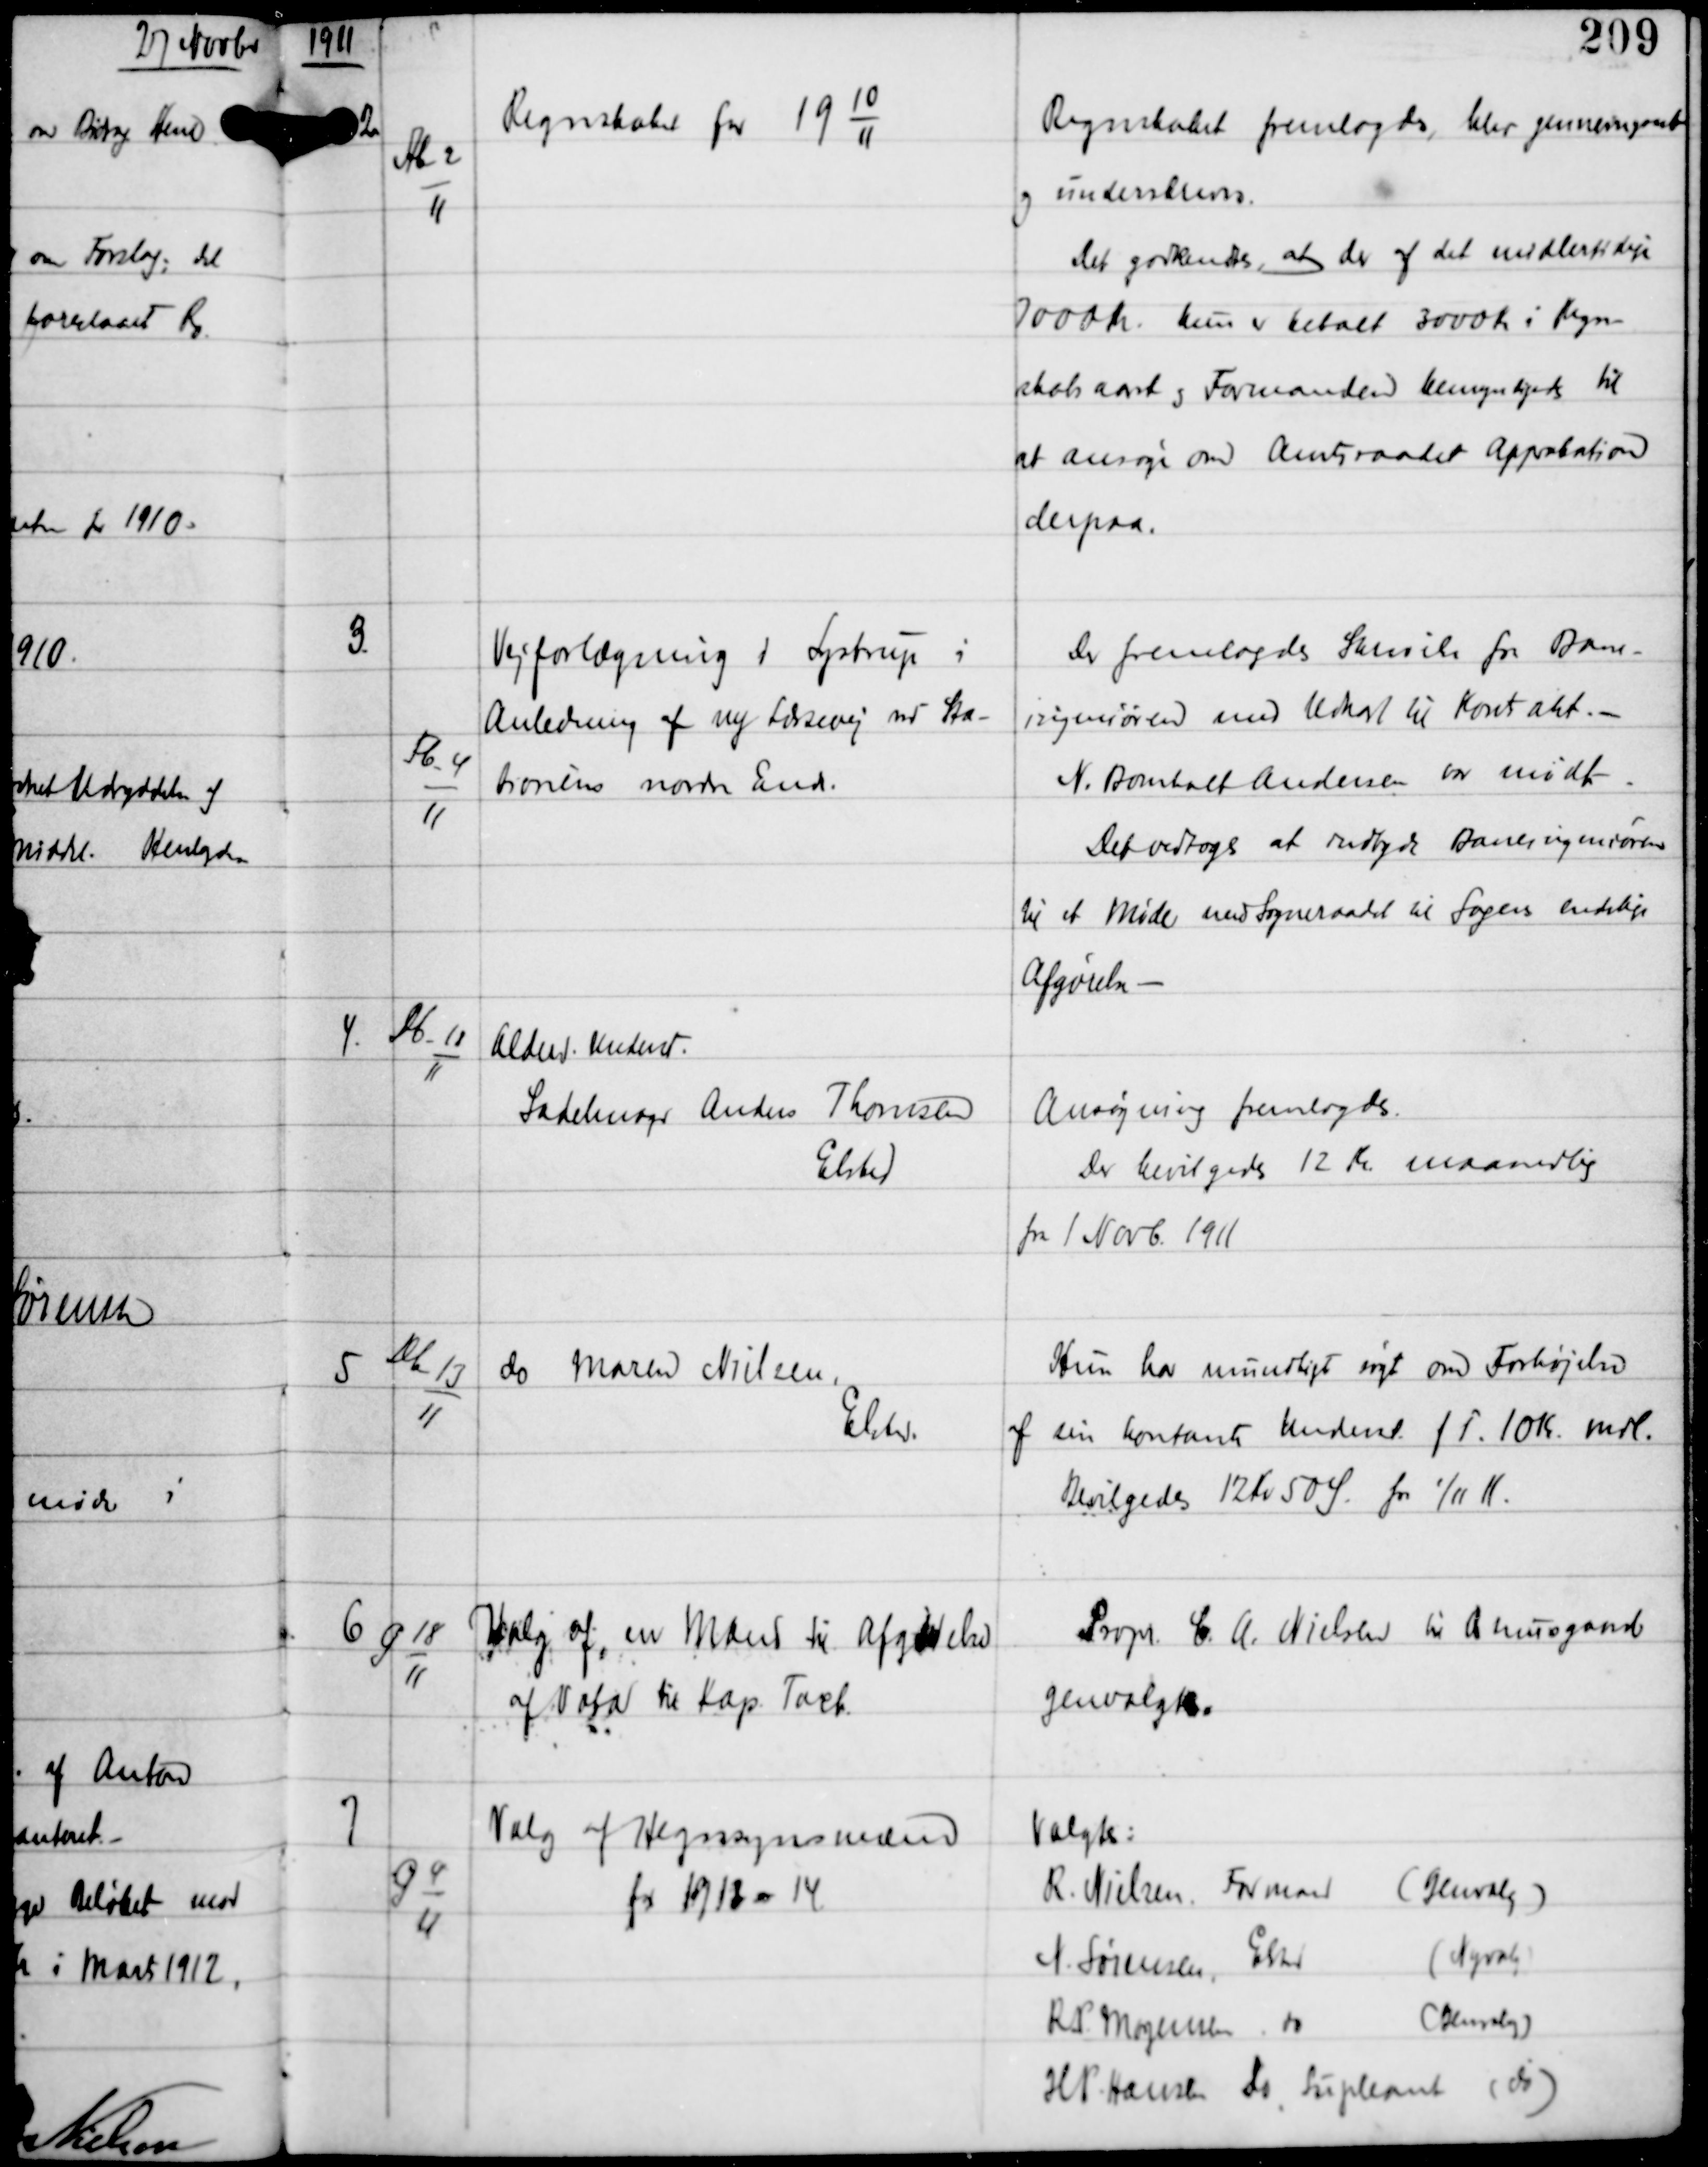
Transskription:
1911

2

Ab-2
11

Regnskabet for 191011

Regnskabet fremlagdes, blev gennemgaaet
og underskreves.
Det godkendtes, at der af det midlertidige
7000 Kr kun er betalt 3000 Kr i Regn-
skabsaaret og Formanden bemyndigedes til
at ansøge om Amtsraadets Approbation
derpaa.

3

Fb-4
11

Vejforlægning i Lystrup i
Anledning af ny Lædsevej ved Sta-
tionens nordre Ende.

Der fremlagdes Skrivelse fra Bane-
ingeniøren med Udkast til Kontrakt. -
N. Bomholt Andersen var mødt.
Det vedtoges at indbyde Baneingeniøren
til et Møde med Sogneraadet til Sagens endelige
Afgørelse -

4.

Db-12
11

Alderd. Underst
Sadelmager Anders Thomsen
Elsted

Ansøgning fremlagdes.
Der bevilgedes 12 Kr maanedlig
fra 1 Novb 1911

5

Db-13
11

do Marie Nielsen
Elsted

Hun har mundtligt søgt om Forhøjelse
af sin kontante Underst f T 10 Kr mdl.
Bevilgedes 12 Kr 50 Ø fra 1/11 11.

6

G 18
11

Valg af en mand til Afgørelse
af Valg til Kap. Tach.

Propr C. A. Nielsen til Asmusgaard
genvalgtes.

7

G 4
11

Valg af Hegnsynsmænd
for 1912-14

Valgtes:
R. Nielsen, Formand (Genvalg)
N. Sørensen, Elsted (Nyvalg)
R.P. Mogensen do (Genvalg)
H. P. Hansen do, Supleant (do)